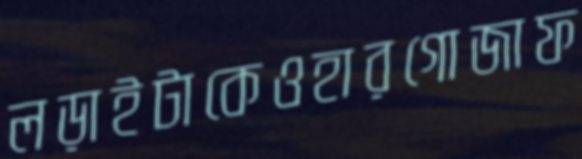
লড়াইটাকেওহারগোজাফ